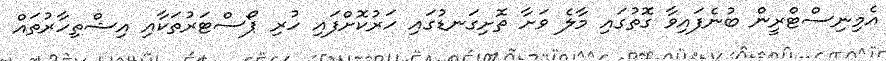
އެމިނިސްޓްރީން ބުނެފައިވާ ގޮތުގައި މާލެ ވަށާ ތޮށިގަނޑުގައި ހަރުކޮށްފައި ހުރި ޕޯސްޓަރުތަކާއި އިޝްތިހާރުތައް